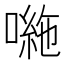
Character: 𭊠